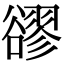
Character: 豂